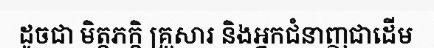
ដូចជា មិត្តភក្តិ គ្រួសារ និងអ្នកជំនាញជាដើម